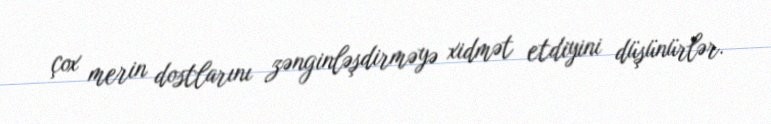
çox merin dostlarını zənginləşdirməyə xidmət etdiyini düşünürlər.